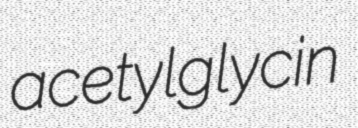
acetylglycin